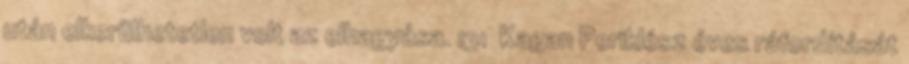
után elkerülhetetlen volt az elhagyása. 131 Kagan Periklész éves ráfordítását